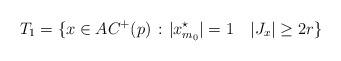
\begin{align*}T_1=\{x\in AC^+(p)\,:\,\,&|x^\star_{m_0}|=1\quad |J_x|\geq 2r\}\end{align*}